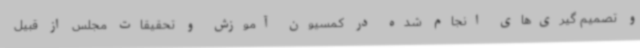
و تصمیم گیری‌های انجام شده در کمسیون آموزش و تحقیقات مجلس از قبیل